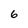
Character: 6